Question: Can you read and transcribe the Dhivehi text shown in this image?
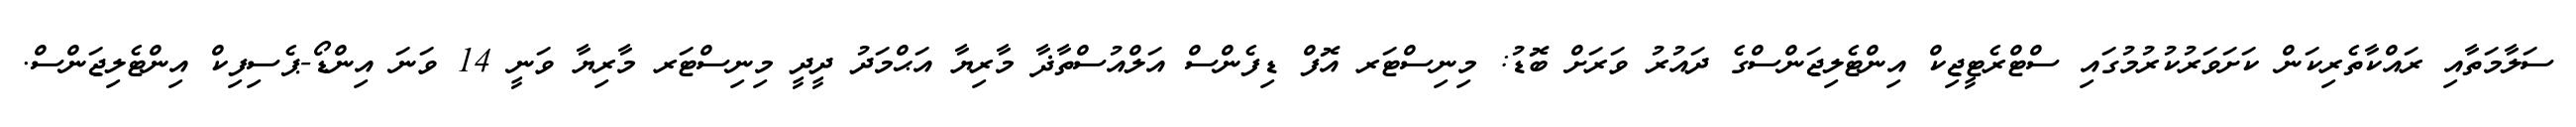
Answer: ސަލާމަތާއި ރައްކާތެރިކަން ކަށަވަރުކުރުމުގައި ސްޓްރެޓީޖިކް އިންޓެލިޖަންސްގެ ދައުރު ވަރަށް ބޮޑު: މިނިސްޓަރ އޮފް ޑިފެންސް އަލްއުސްތާޛާ މާރިޔާ އަޙްމަދު ދީދީ މިނިސްޓަރ މާރިޔާ ވަނީ 14 ވަނަ އިންޑޯ-ޕެސިފިކް އިންޓެލިޖަންސް.